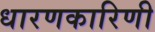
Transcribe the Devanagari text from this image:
धारणकारिणी